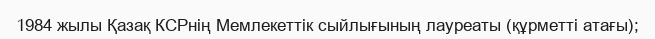
1984 жылы Қазақ КСРнің Мемлекеттік сыйлығының лауреаты (құрметті атағы);